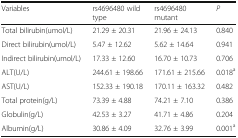
| Variables | rs4696480 wild type | rs4696480 mutant | P |
 | --- | --- | --- | --- |
 | Total bilirubin(umol/L) | 21.29 ± 20.31 | 21.96 ± 24.13 | 0.840 |
 | Direct bilirubin(umol/L) | 5.47 ± 12.62 | 5.62 ± 14.64 | 0.941 |
 | Indirect bilirubin(umol/L) | 17.33 ± 12.60 | 16.70 ± 10.73 | 0.706 |
 | ALT(U/L) | 244.61 ± 198.66 | 171.61 ± 215.66 | 0.018a |
 | AST(U/L) | 152.33 ± 190.18 | 170.11 ± 163.32 | 0.482 |
 | Total protein(g/L) | 73.39 ± 4.88 | 74.21 ± 7.10 | 0.386 |
 | Globulin(g/L) | 42.53 ± 3.27 | 41.71 ± 4.86 | 0.204 |
 | Albumin(g/L) | 30.86 ± 4.09 | 32.76 ± 3.99 | 0.001a |